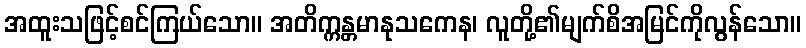
အထူးသဖြင့်စင်ကြယ်သော။ အတိက္ကန္တမာနုသကေန၊ လူတို့၏မျက်စိအမြင်ကိုလွန်သော။